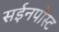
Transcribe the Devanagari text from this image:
सईनपोस्ट